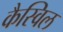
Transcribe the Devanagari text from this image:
कैस्विल